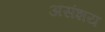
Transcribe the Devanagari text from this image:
असंशय